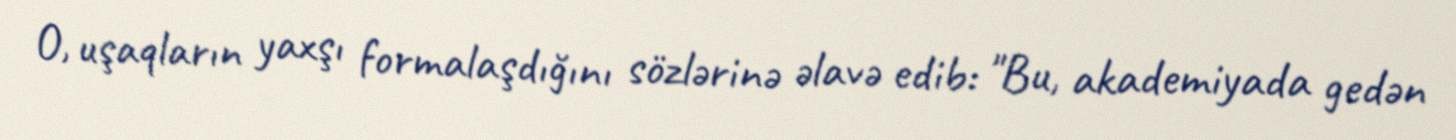
O, uşaqların yaxşı formalaşdığını sözlərinə əlavə edib: "Bu, akademiyada gedən